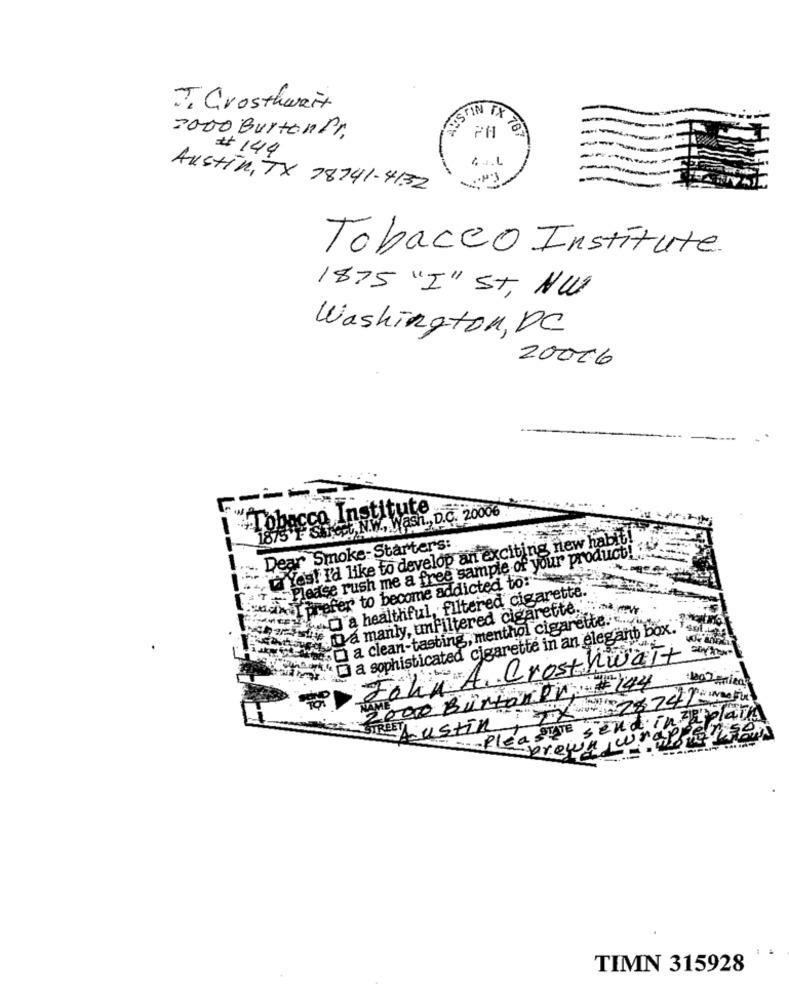
J. Crosthwait
2000 Burton Pr.
AUSTIN TX 201
PA
# 144
Austin, TX 78741-4132
-
Tobacco Institute
1875 "I" St, NW
Washington, DC
20006
cco Institute
oct,N.W ., Wash ., D.C. 20006 .
taYos! I'd like to develop an exciting new habit!
Dear Smoke-Starter's:
Please rush me a free sample of your product !!
prefer to become addicted to:
D'a healthful, filtered cigarette.
whoa manly, unfiltered cigarette."
.O a clean-tasting, menthol cigarette ...
( ** ) a sophisticated cigarette in an elegant box."
A Crosthwait =
5 000 BurtonDr -144
Jahn
STATE send in Wplan
STREETAustin
-PI
TIMN 315928